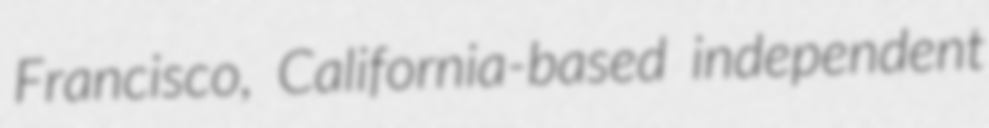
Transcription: Francisco, California-based independent